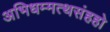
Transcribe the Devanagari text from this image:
अभिधम्मत्थसंहहो